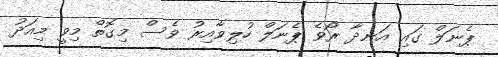
ޕެނަލް ގައި އަނދާ ރޯވެ ޕެނަލް ހުލިވާއިރު ވެސް މިގޮތް މިވީ މިއަދު